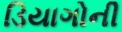
ડિયાગોની